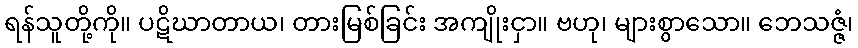
ရန်သူတို့ကို။ ပဋိဃာတာယ၊ တားမြစ်ခြင်း အကျိုးငှာ။ ဗဟု၊ များစွာသော။ ဘေသဇ္ဇံ၊